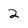
Character: 2